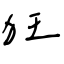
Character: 狂